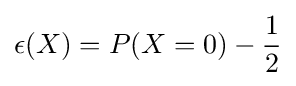
\epsilon (X)=P(X=0)-{\frac {1}{2}}